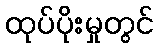
ထုပ်ပိုးမှုတွင်